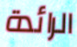
الرائدة